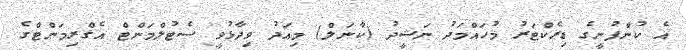
އެ ކުންފުނީގެ ޑިރެކްޓަރު މުހައްމަދު ނަޝީދު (ކާނަލް) މިއަދު ވިދާޅުވީ ސެޓުލްމަންޓް އެގްރިމަންޓްގެ